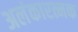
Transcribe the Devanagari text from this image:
अलंकारत्मक